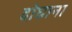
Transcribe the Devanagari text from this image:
दोघाना